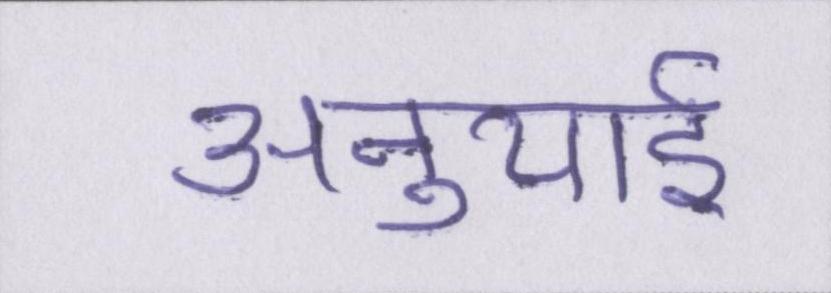
अनुयाई